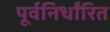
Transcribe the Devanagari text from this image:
पूर्वनिर्धांरित